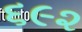
૬૯૨